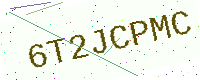
Text: 6T2JCPMC